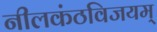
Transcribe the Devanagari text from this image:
नीलकंठविजयम्